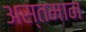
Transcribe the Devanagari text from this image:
अस्तमान